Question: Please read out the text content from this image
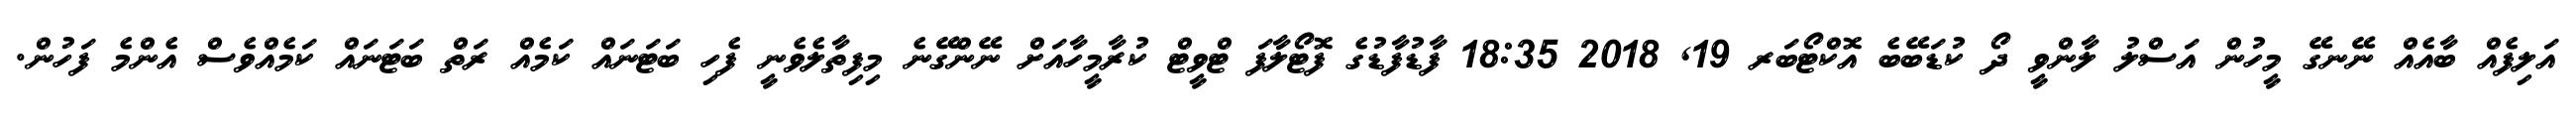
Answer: އަލިފެއް ބާއެއް ނޭނގޭ މީހުން އަސްލު ލާންވީ ދޯ ކުޑަބޭބެ އޮކްޓޯބަރ 19, 2018 18:35 ފާޑުފާޑުގެ ފޮޓޯލާފަ ޓްވީޓް ކުރާމީހާއަށް ނޭންގޭނެ މިފިތާލެވެނީ ފެހި ބަޓަނައް ކަމެއް ރަތް ބަޓަނައް ކަމެއްވެސް އެންމެ ފަހުން.